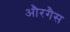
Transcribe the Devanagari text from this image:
औरगैस